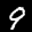
Label: 9